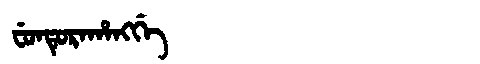
Manchu: ᠸᡠᠨᡨᡠᡵᠠᡥᠠᠩᡤᡝ
Romanization: FUNTURAHANGGE